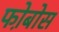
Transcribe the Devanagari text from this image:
फो़बोस